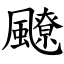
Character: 飉